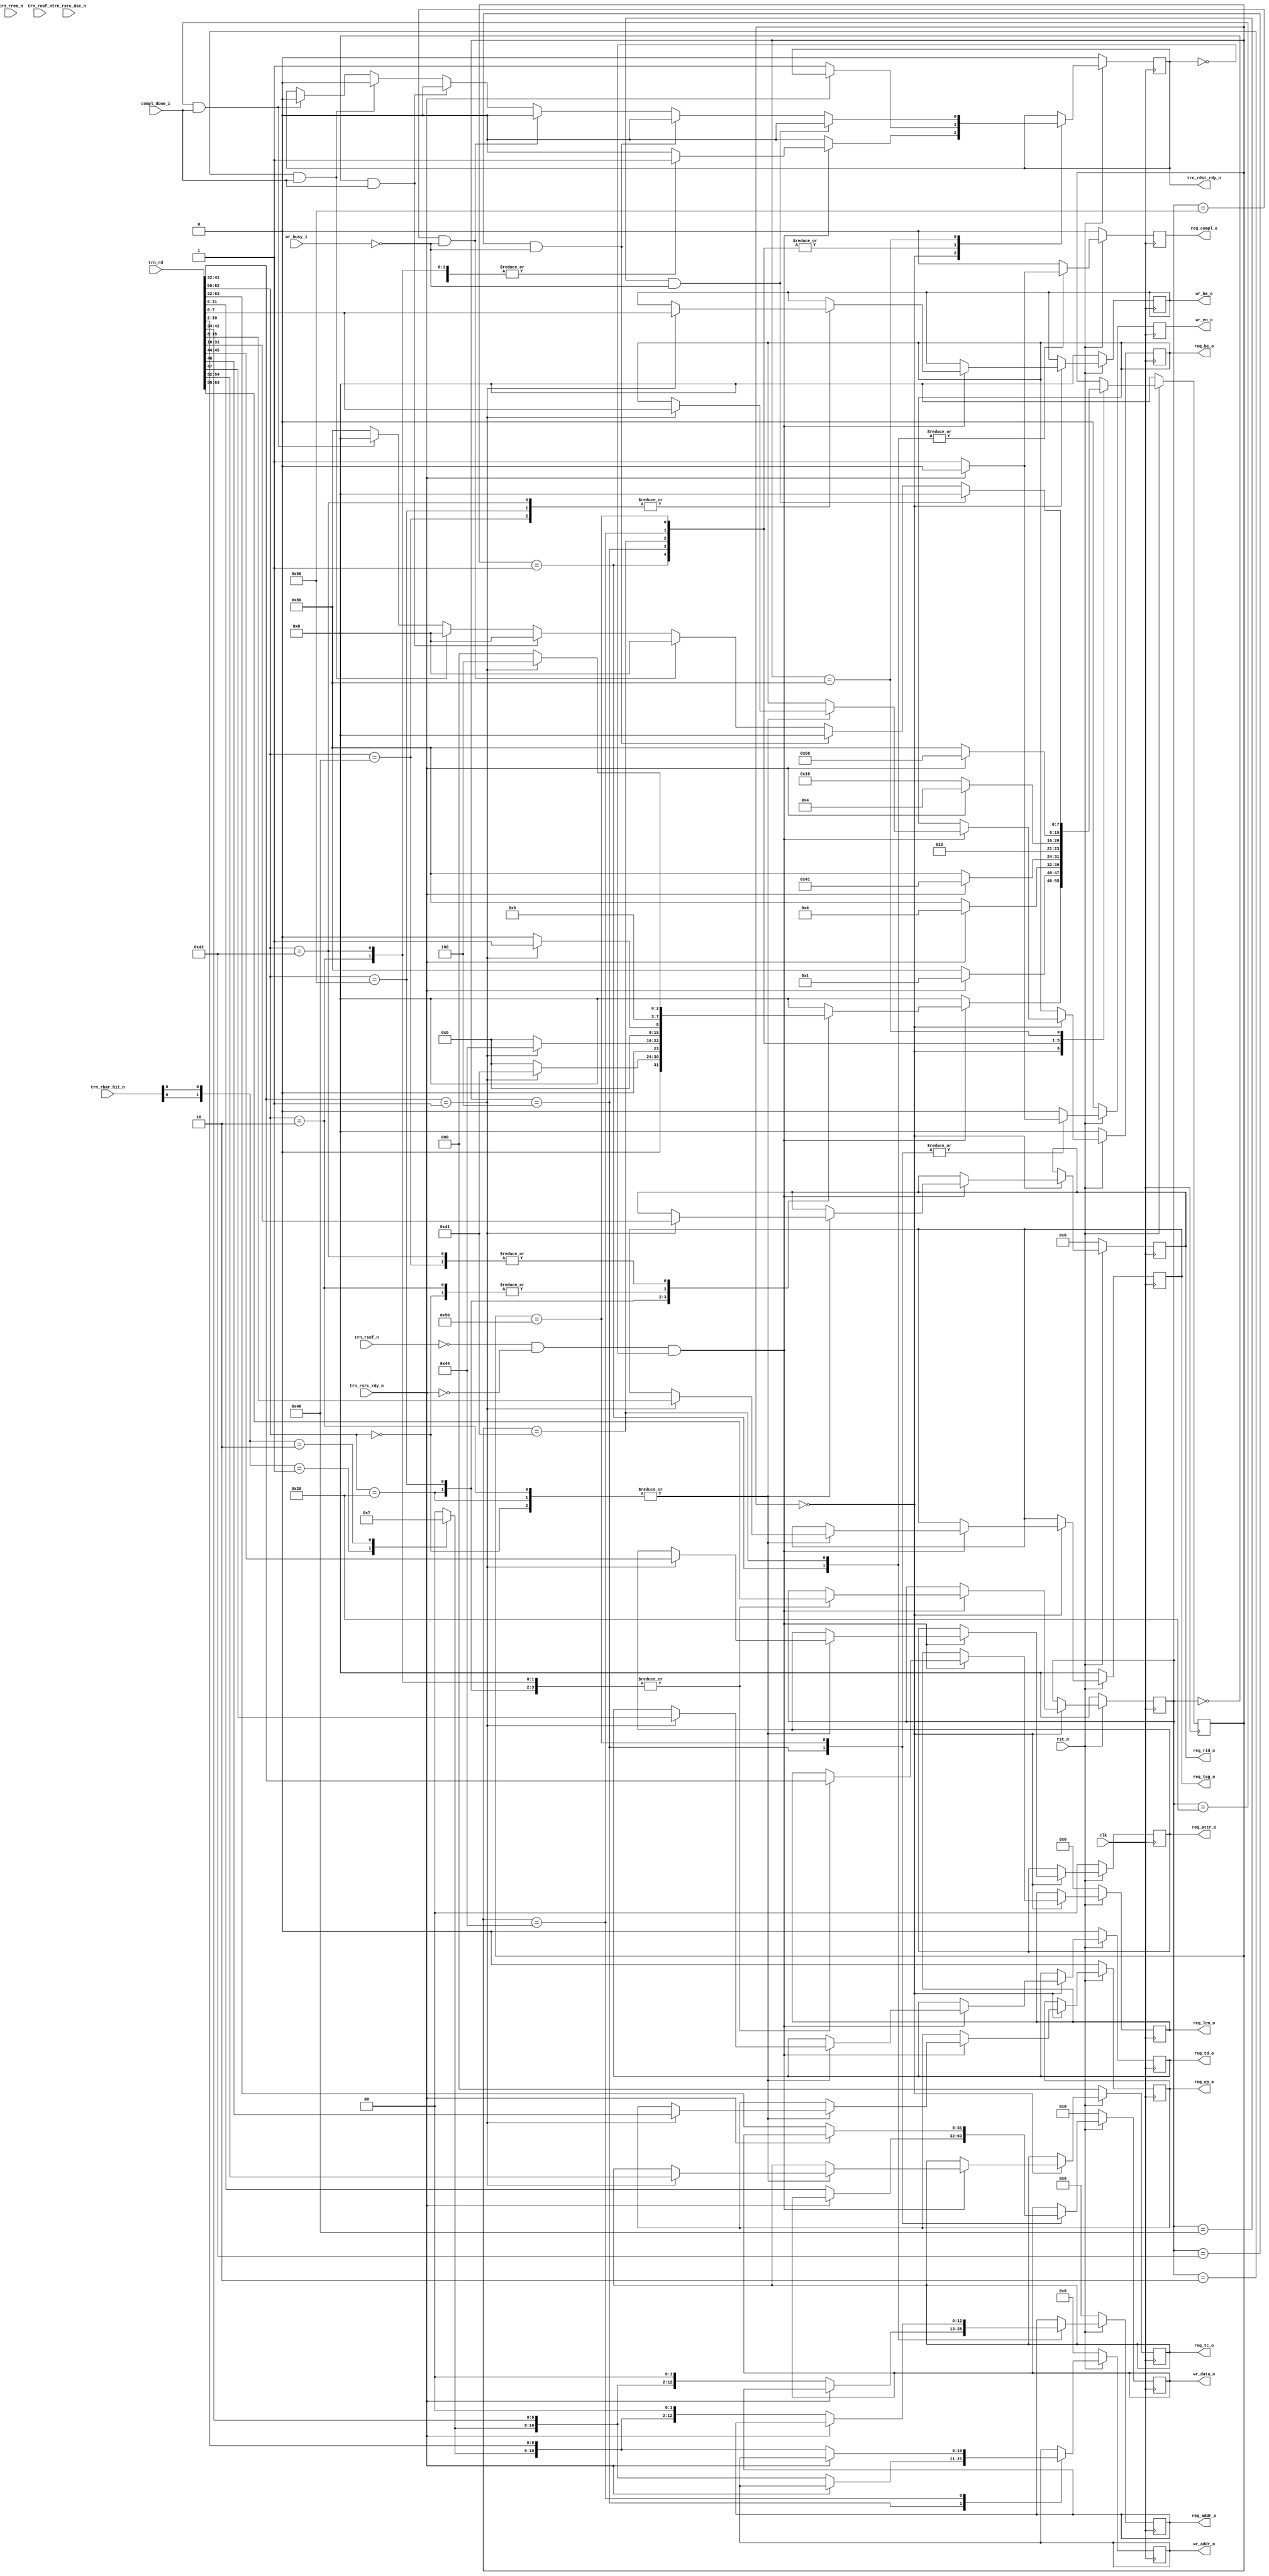
//-----------------------------------------------------------------------------
//
// (c) Copyright 2009-2011 Xilinx, Inc. All rights reserved.
//
// This file contains confidential and proprietary information
// of Xilinx, Inc. and is protected under U.S. and
// international copyright and other intellectual property
// laws.
//
// DISCLAIMER
// This disclaimer is not a license and does not grant any
// rights to the materials distributed herewith. Except as
// otherwise provided in a valid license issued to you by
// Xilinx, and to the maximum extent permitted by applicable
// law: (1) THESE MATERIALS ARE MADE AVAILABLE "AS IS" AND
// WITH ALL FAULTS, AND XILINX HEREBY DISCLAIMS ALL WARRANTIES
// AND CONDITIONS, EXPRESS, IMPLIED, OR STATUTORY, INCLUDING
// BUT NOT LIMITED TO WARRANTIES OF MERCHANTABILITY, NON-
// INFRINGEMENT, OR FITNESS FOR ANY PARTICULAR PURPOSE; and
// (2) Xilinx shall not be liable (whether in contract or tort,
// including negligence, or under any other theory of
// liability) for any loss or damage of any kind or nature
// related to, arising under or in connection with these
// materials, including for any direct, or any indirect,
// special, incidental, or consequential loss or damage
// (including loss of data, profits, goodwill, or any type of
// loss or damage suffered as a result of any action brought
// by a third party) even if such damage or loss was
// reasonably foreseeable or Xilinx had been advised of the
// possibility of the same.
//
// CRITICAL APPLICATIONS
// Xilinx products are not designed or intended to be fail-
// safe, or for use in any application requiring fail-safe
// performance, such as life-support or safety devices or
// systems, Class III medical devices, nuclear facilities,
// applications related to the deployment of airbags, or any
// other applications that could lead to death, personal
// injury, or severe property or environmental damage
// (individually and collectively, "Critical
// Applications"). Customer assumes the sole risk and
// liability of any use of Xilinx products in Critical
// Applications, subject only to applicable laws and
// regulations governing limitations on product liability.
//
// THIS COPYRIGHT NOTICE AND DISCLAIMER MUST BE RETAINED AS
// PART OF THIS FILE AT ALL TIMES.
//
//-----------------------------------------------------------------------------
// Project    : Virtex-6 Integrated Block for PCI Express
// Version    : 1.7
//--
//-- Description: 64 bit Local-Link Receive Unit.
//--
//--------------------------------------------------------------------------------

`timescale 1ns/1ns

`define TCQ 1

`define PIO_64_RX_MEM_RD32_FMT_TYPE 7'b00_00000
`define PIO_64_RX_MEM_WR32_FMT_TYPE 7'b10_00000
`define PIO_64_RX_MEM_RD64_FMT_TYPE 7'b01_00000
`define PIO_64_RX_MEM_WR64_FMT_TYPE 7'b11_00000
`define PIO_64_RX_IO_RD32_FMT_TYPE  7'b00_00010
`define PIO_64_RX_IO_WR32_FMT_TYPE  7'b10_00010

`define PIO_64_RX_RST_STATE         8'b00000000
`define PIO_64_RX_MEM_RD32_DW1DW2   8'b00000001
`define PIO_64_RX_MEM_WR32_DW1DW2   8'b00000100
`define PIO_64_RX_MEM_RD64_DW1DW2   8'b01000001
`define PIO_64_RX_MEM_RD64_DW3      8'b01000011
`define PIO_64_RX_MEM_WR64_DW1DW2   8'b01000100
`define PIO_64_RX_MEM_WR64_DW3      8'b01010000
`define PIO_64_RX_WAIT_STATE        8'b10000000



module PIO_64_RX_ENGINE (
                        clk,
                        rst_n,

                        /*
                         * Receive local link interface from PCIe core
                         */

                        trn_rd,
                        trn_rrem_n,
                        trn_rsof_n,
                        trn_reof_n,
                        trn_rsrc_rdy_n,
                        trn_rsrc_dsc_n,
                        trn_rbar_hit_n,
                        trn_rdst_rdy_n,



                        /*
                         * Memory Read data handshake with Completion
                         * transmit unit. Transmit unit reponds to
                         * req_compl assertion and responds with compl_done
                         * assertion when a Completion w/ data is transmitted.
                         */

                        req_compl_o,
                        compl_done_i,

                        req_tc_o,                  // Memory Read TC
                        req_td_o,                  // Memory Read TD
                        req_ep_o,                  // Memory Read EP
                        req_attr_o,                // Memory Read Attribute
                        req_len_o,                 // Memory Read Length (1DW)
                        req_rid_o,                 // Memory Read Requestor ID
                        req_tag_o,                 // Memory Read Tag
                        req_be_o,                  // Memory Read Byte Enables
                        req_addr_o,                // Memory Read Address

                         /* 
                         * Memory interface used to save 1 DW data received
                         * on Memory Write 32 TLP. Data extracted from
                         * inbound TLP is presented to the Endpoint memory
                         * unit. Endpoint memory unit reacts to wr_en_o
                         * assertion and asserts wr_busy_i when it is
                         * processing written information.
                         */

                        wr_addr_o,                 // Memory Write Address
                        wr_be_o,                   // Memory Write Byte Enable
                        wr_data_o,                 // Memory Write Data
                        wr_en_o,                   // Memory Write Enable
                        wr_busy_i                  // Memory Write Busy
                        


                       );

    input              clk;
    input              rst_n;

    input [63:0]       trn_rd;
    input [7:0]        trn_rrem_n;
    input              trn_rsof_n;
    input              trn_reof_n;
    input              trn_rsrc_rdy_n;
    input              trn_rsrc_dsc_n;
    input [6:0]        trn_rbar_hit_n;
    output             trn_rdst_rdy_n;
 
    output             req_compl_o;
    input              compl_done_i;

    output [2:0]       req_tc_o;
    output             req_td_o;
    output             req_ep_o;
    output [1:0]       req_attr_o;
    output [9:0]       req_len_o;
    output [15:0]      req_rid_o;
    output [7:0]       req_tag_o;
    output [7:0]       req_be_o;
    output [12:0]      req_addr_o;


    output [10:0]      wr_addr_o;
    output [7:0]       wr_be_o;
    output [31:0]      wr_data_o;
    output             wr_en_o;
    input              wr_busy_i;
    

    // Local Registers

    reg                trn_rdst_rdy_n;

    reg                req_compl_o;

    reg [2:0]          req_tc_o;
    reg                req_td_o;
    reg                req_ep_o;
    reg [1:0]          req_attr_o;
    reg [9:0]          req_len_o;
    reg [15:0]         req_rid_o;
    reg [7:0]          req_tag_o;
    reg [7:0]          req_be_o;
    reg [12:0]         req_addr_o;

    reg [10:0]         wr_addr_o;
    reg [7:0]          wr_be_o;
    reg [31:0]         wr_data_o;
    reg                wr_en_o;
    
    reg [7:0]          state;
    reg [7:0]          tlp_type;

    wire               io_bar_hit_n;
    wire               mem32_bar_hit_n;
    wire               mem64_bar_hit_n;
    wire               erom_bar_hit_n;

    reg [1:0]          region_select;


    always @ ( posedge clk ) begin

        if (!rst_n ) begin

          trn_rdst_rdy_n <= #`TCQ 1'b0;

          req_compl_o    <= #`TCQ 1'b0;

          req_tc_o       <= #`TCQ 2'b0;
          req_td_o       <= #`TCQ 1'b0;
          req_ep_o       <= #`TCQ 1'b0;
          req_attr_o     <= #`TCQ 2'b0;
          req_len_o      <= #`TCQ 10'b0;
          req_rid_o      <= #`TCQ 16'b0;
          req_tag_o      <= #`TCQ 8'b0;
          req_be_o       <= #`TCQ 8'b0;
          req_addr_o     <= #`TCQ 13'b0;

          wr_be_o        <= #`TCQ 8'b0;
          wr_addr_o      <= #`TCQ 11'b0;
          wr_data_o      <= #`TCQ 31'b0;
          wr_en_o        <= #`TCQ 1'b0;
          
          state          <= #`TCQ `PIO_64_RX_RST_STATE;
          tlp_type       <= #`TCQ 7'b0;

        end else begin

          wr_en_o        <= #`TCQ 1'b0;
          req_compl_o    <= #`TCQ 1'b0;

          case (state)

            `PIO_64_RX_RST_STATE : begin

              trn_rdst_rdy_n <= #`TCQ 1'b0;

              if ((!trn_rsof_n) &&
                  (!trn_rsrc_rdy_n) && 
                  (!trn_rdst_rdy_n)) begin

                case (trn_rd[62:56])

                  `PIO_64_RX_MEM_RD32_FMT_TYPE : begin

                    tlp_type     <= #`TCQ trn_rd[63:56];
                    req_len_o    <= #`TCQ trn_rd[41:32];
                    trn_rdst_rdy_n <= #`TCQ 1'b1;
 

                    if (trn_rd[41:32] == 10'b1) begin

                      req_tc_o     <= #`TCQ trn_rd[54:52];  
                      req_td_o     <= #`TCQ trn_rd[47];
                      req_ep_o     <= #`TCQ trn_rd[46]; 
                      req_attr_o   <= #`TCQ trn_rd[45:44];
                      req_len_o    <= #`TCQ trn_rd[41:32];
                      req_rid_o    <= #`TCQ trn_rd[31:16];
                      req_tag_o    <= #`TCQ trn_rd[15:08]; 
                      req_be_o     <= #`TCQ trn_rd[07:00];
                      state        <= #`TCQ `PIO_64_RX_MEM_RD32_DW1DW2;

                    end else begin

                      state        <= #`TCQ `PIO_64_RX_RST_STATE;

                    end

                  end
         
                  `PIO_64_RX_MEM_WR32_FMT_TYPE : begin

                    tlp_type     <= #`TCQ trn_rd[63:56];
                    req_len_o    <= #`TCQ trn_rd[41:32]; 
                    trn_rdst_rdy_n <= #`TCQ 1'b1;

                    if (trn_rd[41:32] == 10'b1) begin

                      wr_be_o      <= #`TCQ trn_rd[07:00];
                      state        <= #`TCQ `PIO_64_RX_MEM_WR32_DW1DW2;

                    end else begin
                    
                      state        <= #`TCQ `PIO_64_RX_RST_STATE;

                    end

                  end

                  `PIO_64_RX_MEM_RD64_FMT_TYPE : begin

                    tlp_type     <= #`TCQ trn_rd[63:56];
                    req_len_o    <= #`TCQ trn_rd[41:32];
                    trn_rdst_rdy_n <= #`TCQ 1'b1;
 

                    if (trn_rd[41:32] == 10'b1) begin

                      req_tc_o     <= #`TCQ trn_rd[54:52];  
                      req_td_o     <= #`TCQ trn_rd[47];
                      req_ep_o     <= #`TCQ trn_rd[46]; 
                      req_attr_o   <= #`TCQ trn_rd[45:44];
                      req_len_o    <= #`TCQ trn_rd[41:32];
                      req_rid_o    <= #`TCQ trn_rd[31:16];
                      req_tag_o    <= #`TCQ trn_rd[15:08]; 
                      req_be_o     <= #`TCQ trn_rd[07:00];
                      state        <= #`TCQ `PIO_64_RX_MEM_RD64_DW1DW2;

                    end else begin

                      state        <= #`TCQ `PIO_64_RX_RST_STATE;

                    end

                  end
         
                  `PIO_64_RX_MEM_WR64_FMT_TYPE : begin

                    tlp_type     <= #`TCQ trn_rd[63:56];
                    req_len_o    <= #`TCQ trn_rd[41:32]; 

                    if (trn_rd[41:32] == 10'b1) begin

                      wr_be_o      <= #`TCQ trn_rd[07:00];
                      state        <= #`TCQ `PIO_64_RX_MEM_WR64_DW1DW2;

                    end else begin

                      state        <= #`TCQ `PIO_64_RX_RST_STATE; 

                    end

                  end 


                  `PIO_64_RX_IO_RD32_FMT_TYPE : begin

                    tlp_type     <= #`TCQ trn_rd[63:56];
                    req_len_o    <= #`TCQ trn_rd[41:32];
                    trn_rdst_rdy_n <= #`TCQ 1'b1;
 

                    if (trn_rd[41:32] == 10'b1) begin

                      req_tc_o     <= #`TCQ trn_rd[54:52];  
                      req_td_o     <= #`TCQ trn_rd[47];
                      req_ep_o     <= #`TCQ trn_rd[46]; 
                      req_attr_o   <= #`TCQ trn_rd[45:44]; 
                      req_len_o    <= #`TCQ trn_rd[41:32];
                      req_rid_o    <= #`TCQ trn_rd[31:16]; 
                      req_tag_o    <= #`TCQ trn_rd[15:08];
                      req_be_o     <= #`TCQ trn_rd[07:00]; 
                      state        <= #`TCQ `PIO_64_RX_MEM_RD32_DW1DW2;

                    end else begin

                      state        <= #`TCQ `PIO_64_RX_RST_STATE; 

                    end

                  end

                  `PIO_64_RX_IO_WR32_FMT_TYPE : begin

                    tlp_type     <= #`TCQ trn_rd[63:56];
                    req_len_o    <= #`TCQ trn_rd[41:32];
                    trn_rdst_rdy_n <= #`TCQ 1'b1;

                    if (trn_rd[41:32] == 10'b1) begin

                      wr_be_o      <= #`TCQ trn_rd[07:00];
                      state        <= #`TCQ `PIO_64_RX_MEM_WR32_DW1DW2; 

                    end else begin

                      state        <= #`TCQ `PIO_64_RX_RST_STATE;

                    end

                  end


                  default : begin // other TLPs

                    state        <= #`TCQ `PIO_64_RX_RST_STATE; 

                  end

                endcase

              end else
                state <= #`TCQ `PIO_64_RX_RST_STATE;

            end

            `PIO_64_RX_MEM_RD32_DW1DW2 : begin

              if (!trn_rsrc_rdy_n) begin
                
                trn_rdst_rdy_n <= #`TCQ 1'b1;
                req_addr_o   <= #`TCQ {region_select[1:0],trn_rd[42:34], 2'b00};
                req_compl_o  <= #`TCQ 1'b1;
                state        <= #`TCQ `PIO_64_RX_WAIT_STATE;

              end else
                state        <= #`TCQ `PIO_64_RX_MEM_RD32_DW1DW2; 

            end


            `PIO_64_RX_MEM_WR32_DW1DW2 : begin

              if (!trn_rsrc_rdy_n) begin

                wr_data_o      <= #`TCQ trn_rd[31:0];
                wr_en_o        <= #`TCQ 1'b1;
                trn_rdst_rdy_n <= #`TCQ 1'b1;
                wr_addr_o      <= #`TCQ {region_select[1:0],trn_rd[42:34]};
                state          <= #`TCQ  `PIO_64_RX_WAIT_STATE;

              end else
                state          <= #`TCQ `PIO_64_RX_MEM_WR32_DW1DW2;

            end


            `PIO_64_RX_MEM_RD64_DW1DW2 : begin

              if (!trn_rsrc_rdy_n) begin

                req_addr_o   <= #`TCQ {region_select[1:0],trn_rd[10:2], 2'b00};
                req_compl_o  <= #`TCQ 1'b1;
                trn_rdst_rdy_n <= #`TCQ 1'b1;
                state        <= #`TCQ `PIO_64_RX_WAIT_STATE; 

              end else
                state        <= #`TCQ `PIO_64_RX_MEM_RD64_DW1DW2;
         
            end



            `PIO_64_RX_MEM_WR64_DW1DW2 : begin

              if (!trn_rsrc_rdy_n) begin

                trn_rdst_rdy_n <= #`TCQ 1'b1;
                wr_addr_o      <= #`TCQ {region_select[1:0],trn_rd[10:2]};
                state          <= #`TCQ  `PIO_64_RX_MEM_WR64_DW3;

              end else
                state          <= #`TCQ `PIO_64_RX_MEM_WR64_DW1DW2; 

            end


            `PIO_64_RX_MEM_WR64_DW3 : begin

              if (!trn_rsrc_rdy_n) begin

                wr_data_o      <= #`TCQ trn_rd[63:32];
                wr_en_o        <= #`TCQ 1'b1;
                trn_rdst_rdy_n <= #`TCQ 1'b1;
                state        <= #`TCQ `PIO_64_RX_WAIT_STATE; 

              end else 
                 state        <= #`TCQ `PIO_64_RX_MEM_WR64_DW3;
         
            end



            `PIO_64_RX_WAIT_STATE : begin

              wr_en_o      <= #`TCQ 1'b0;
              req_compl_o  <= #`TCQ 1'b0;

              if ((tlp_type == `PIO_64_RX_MEM_WR32_FMT_TYPE) &&
                  (!wr_busy_i)) begin

                trn_rdst_rdy_n <= #`TCQ 1'b0;
                state        <= #`TCQ `PIO_64_RX_RST_STATE; 

             end else if ((tlp_type == `PIO_64_RX_IO_WR32_FMT_TYPE) &&
                  (!wr_busy_i)) begin

                trn_rdst_rdy_n <= #`TCQ 1'b0;
                state        <= #`TCQ `PIO_64_RX_RST_STATE;

              end else if ((tlp_type == `PIO_64_RX_MEM_WR64_FMT_TYPE) &&
                  (!wr_busy_i)) begin

                trn_rdst_rdy_n <= #`TCQ 1'b0;
                state        <= #`TCQ `PIO_64_RX_RST_STATE; 

              end else if ((tlp_type == `PIO_64_RX_MEM_RD32_FMT_TYPE) &&
                           (compl_done_i)) begin

                trn_rdst_rdy_n <= #`TCQ 1'b0;
                state        <= #`TCQ `PIO_64_RX_RST_STATE;

              end else if ((tlp_type == `PIO_64_RX_IO_RD32_FMT_TYPE) &&
                           (compl_done_i)) begin

                trn_rdst_rdy_n <= #`TCQ 1'b0;
                state        <= #`TCQ `PIO_64_RX_RST_STATE; 

              end else if ((tlp_type == `PIO_64_RX_MEM_RD64_FMT_TYPE) &&
                           (compl_done_i)) begin

                trn_rdst_rdy_n <= #`TCQ 1'b0;
                state        <= #`TCQ `PIO_64_RX_RST_STATE; 

              end else
                state        <= #`TCQ `PIO_64_RX_WAIT_STATE;

            end

          endcase

        end

    end


     assign mem64_bar_hit_n = 1'b1;
    assign io_bar_hit_n = 1'b1;
    assign mem32_bar_hit_n = trn_rbar_hit_n[0];
    assign erom_bar_hit_n  = trn_rbar_hit_n[6];


  always @*
  begin
     case ({io_bar_hit_n, mem32_bar_hit_n, mem64_bar_hit_n, erom_bar_hit_n})

        4'b0111 : begin
             region_select <= #`TCQ 2'b00;    // Select IO region
        end

        4'b1011 : begin
             region_select <= #`TCQ 2'b01;    // Select Mem32 region
        end

        4'b1101 : begin
             region_select <= #`TCQ 2'b10;    // Select Mem64 region
        end

        4'b1110 : begin
             region_select <= #`TCQ 2'b11;    // Select EROM region
        end

        default : begin
             region_select <= #`TCQ 2'b00;    // Error selection will select IO region
        end

     endcase

  end


  // synthesis translate_off
  reg  [8*20:1] state_ascii;
  always @(state)
  begin
    if      (state==`PIO_64_RX_RST_STATE)         state_ascii <= #`TCQ "RX_RST_STATE";
    else if (state==`PIO_64_RX_MEM_RD32_DW1DW2)   state_ascii <= #`TCQ "RX_MEM_RD32_DW1DW2";
    else if (state==`PIO_64_RX_MEM_WR32_DW1DW2)   state_ascii <= #`TCQ "RX_MEM_WR32_DW1DW2";
    else if (state==`PIO_64_RX_MEM_RD64_DW1DW2)   state_ascii <= #`TCQ "RX_MEM_RD64_DW1DW2";
    else if (state==`PIO_64_RX_MEM_RD64_DW3)      state_ascii <= #`TCQ "RX_MEM_RD64_DW3";
    else if (state==`PIO_64_RX_MEM_WR64_DW1DW2)   state_ascii <= #`TCQ "RX_MEM_WR64_DW1DW2";
    else if (state==`PIO_64_RX_MEM_WR64_DW3)      state_ascii <= #`TCQ "RX_MEM_WR64_DW3";
    else if (state==`PIO_64_RX_WAIT_STATE)        state_ascii <= #`TCQ "RX_WAIT_STATE";
    else                                          state_ascii <= #`TCQ "PIO 64 STATE ERR";

  end
  // synthesis translate_on






endmodule // PIO_64_RX_ENGINE